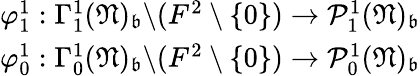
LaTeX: \begin{array}{r}{\varphi_{1}^{1}:\Gamma_{1}^{1}(\mathfrak N)_{\mathfrak b}\backslash(F^{2}\setminus\{ 0\} )\rightarrow\mathcal P_{1}^{1}(\mathfrak N)_{\mathfrak b}}\\ {\varphi_{0}^{1}:\Gamma_{0}^{1}(\mathfrak N)_{\mathfrak b}\backslash(F^{2}\setminus\{ 0\} )\rightarrow\mathcal P_{0}^{1}(\mathfrak N)_{\mathfrak b}}\end{array}